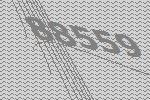
88559